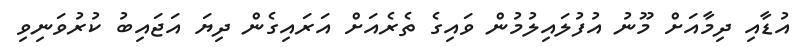
އުޑާއި ދިމާއަށް މޫނު އުފުލައިލުމުން ވައިގެ ތެރެއަށް އަރައިގެން ދިޔަ އަޖައިބު ކުރުވަނިވި